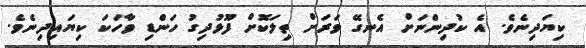
ކިޔަދިނެވެ. އެ ކުދިންނަށް އެނގޭ ވަރަށް ތިލަކޮށް ފޫޅުދިގު ހަންޑި ވާހަކަ ކިޔައިދިނެވެ.